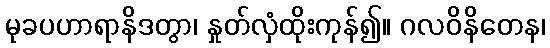
မုခပဟာရာနိဒတွာ၊ နှုတ်လှံထိုးကုန်၍။ ဂလဝိနိတေန၊